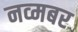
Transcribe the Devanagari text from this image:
नव्मबर